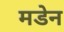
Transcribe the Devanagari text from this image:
मडेन